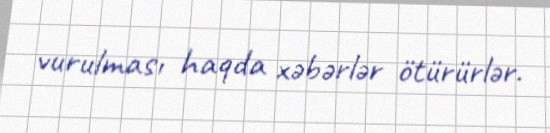
vurulması haqda xəbərlər ötürürlər.